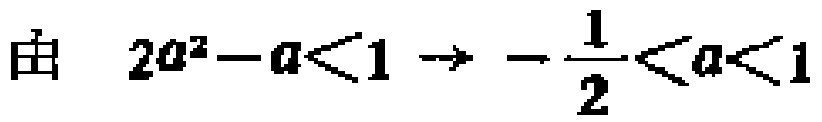
由 \(2a^{2}-a<1 \to -\frac{1}{2}<a<1\)